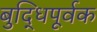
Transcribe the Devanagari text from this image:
बुद्धिपूर्वक